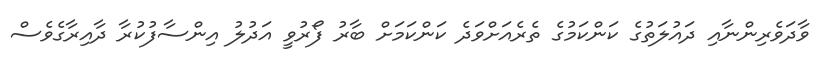
ވާދަވެރިންނާއި ދައުލަތުގެ ކަންކަމުގެ ތެރެއަށްވަދެ ކަންކަމަށް ބާރު ފޯރުވީ އަދުލު އިންސާފުކުރާ ދާއިރާގެވެސް